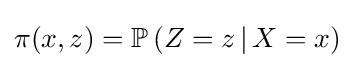
\pi (x,z)=\mathbb {P} \left(Z=z\,|\,X=x\right)